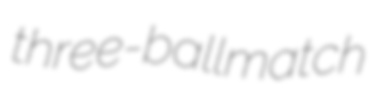
three-ballmatch